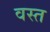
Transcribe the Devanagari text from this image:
वस्त